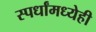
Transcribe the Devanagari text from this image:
स्पर्धांमध्येही